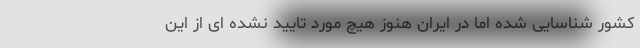
کشور شناسایی شده اما در ایران هنوز هیچ مورد تایید نشده ای از این